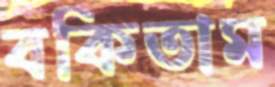
বকিতাম